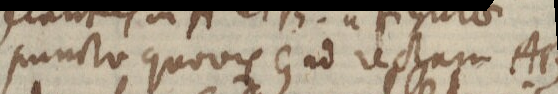
puncto quovis G ad rectam AB